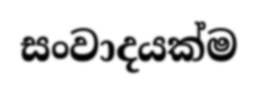
සංවාදයක්ම